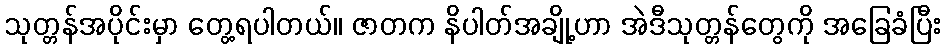
သုတ္တန်အပိုင်းမှာ တွေ့ရပါတယ်။ ဇာတက နိပါတ်အချို့ဟာ အဲဒီသုတ္တန်တွေကို အခြေခံပြီး